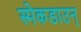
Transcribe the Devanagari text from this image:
स्मेकडाउन्